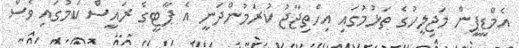
އެމްޑީޕީން މަޖިލީހުގެ ތަޅުމުގައި އިހްތިޖާޖު ކުރަމުންދަނީ އެ ޕާޓީގެ ރައީސް ކަމުގައި ވެސް